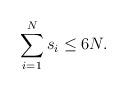
LaTeX: \begin{align*} \sum_{i=1}^{N}s_i\leq 6N. \end{align*}